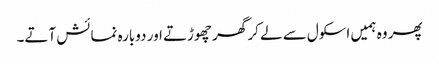
پھر وہ ہمیں اسکول سے لے کر گھر چھوڑتے اور دوبارہ نمائش آتے۔